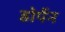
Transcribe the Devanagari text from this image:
डोर्पेन